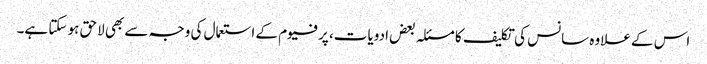
اس کے علاوہ سانس کی تکلیف کا مسئلہ بعض ادویات، پرفیوم کے استعمال کی وجہ سے بھی لاحق ہو سکتا ہے۔